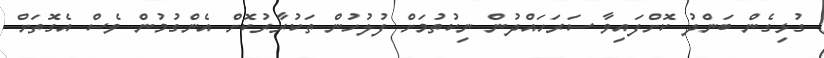
ގުޅިގެން ބަންދު ކޮށްފައިވާ ސަރަހައްދުން ނިކުތުމަށް ފުލުހުން ތަކުރާރުކޮށް އެންގުމުން ވެސް އެގޮތަށް